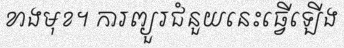
ខាងមុខ។ ការព្យួរជំនួយនេះធ្វើឡើង